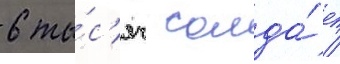
6 ты́с'яч солда́т /